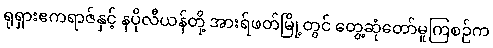
ရုရှားဧကရာဇ်နှင့် နပိုလီယန်တို့ အားရ်ဖတ်မြို့တွင် တွေ့ဆုံတော်မူကြစဉ်က